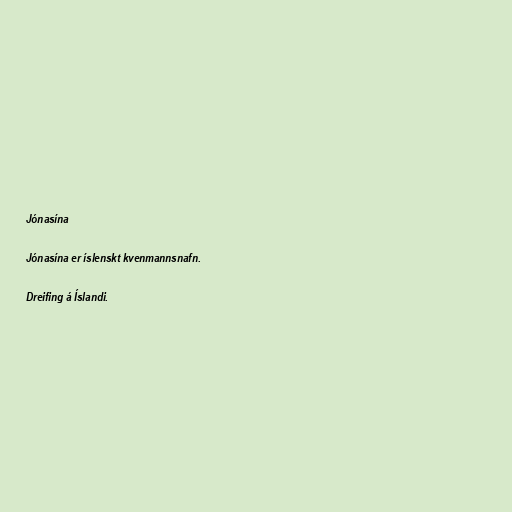
Jónasína

Jónasína er íslenskt kvenmannsnafn.

Dreifing á Íslandi.